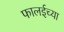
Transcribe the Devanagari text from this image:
फालईच्या